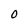
Character: O